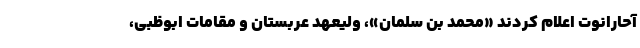
آحارانوت اعلام کردند «محمد بن سلمان»، ولیعهد عربستان و مقامات ابوظبی،